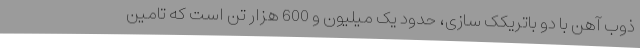
ذوب آهن با دو باتریکک سازی، حدود یک میلیون و 600 هزار تن است که تامین